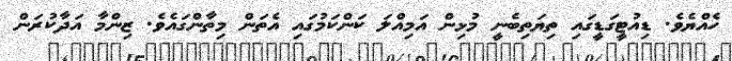
ހެއްޔެވެ. ޑިއުޓީގަޑީގައި ތިޔަތިބެނީ މުޅިން އަމިއްލަ ކަންކަމުގައި އެތަން މިތާންގައެވެ. ޒިންމާ އަދާކުރަން